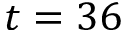
t = 3 6